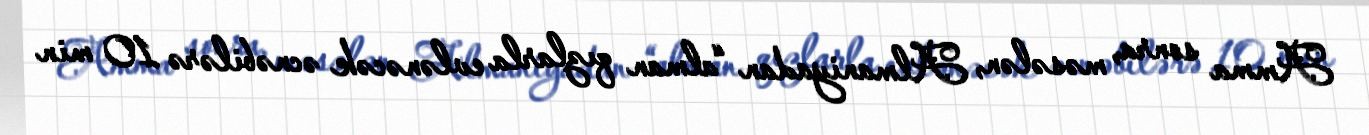
Amma sonra, məsələn, Almaniyadan “alman qızlarla evlənəcək əcnəbilərə 10 min